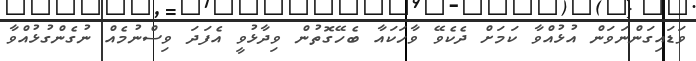
ވަޑައިގަންނަވަން އުޅުއްވާ ކަމަށް ދެކެވޭ ވާހަކައާ ބެހޭގޮތުން ވިދާޅުވީ އެފަދަ ވިސްނުމެއް ނުގެންގުޅުއްވާ